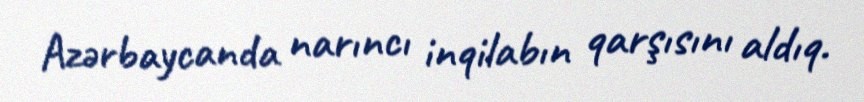
Azərbaycanda narıncı inqilabın qarşısını aldıq.